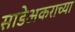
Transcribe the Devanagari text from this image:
साडेअकराच्या